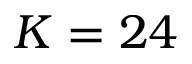
K = 2 4